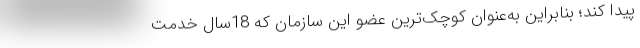
پیدا کند؛ بنابراین به‌عنوان کوچک‌ترین عضو این سازمان که 18سال خدمت